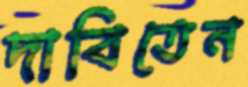
দাবিতেন